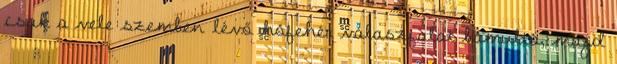
csak a vele szemben lévő hófehér válaszfalat bámulta, majd